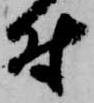
付